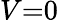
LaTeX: V{=}0